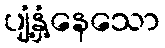
ပျံ့နှံ့နေသော